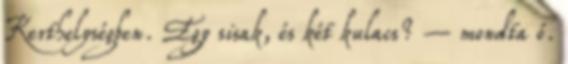
Kerthelységben. Egy sisak, és két kulacs? – mondta ő.